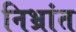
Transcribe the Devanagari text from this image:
निभ्रांत